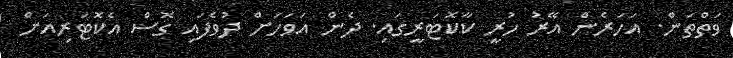
ވަތްތަން. އަހަރެން އޭރު ހުރީ ކާކޮޓަރީގައި. ދެން އަވަހަށް ދުވެފައި ގޮސް އެކޮޓަރިއަށް